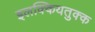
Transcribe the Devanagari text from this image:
इलक्कियतुक्क